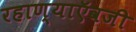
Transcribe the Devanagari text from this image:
रहाण्याऍवजी